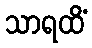
သာရထိံ